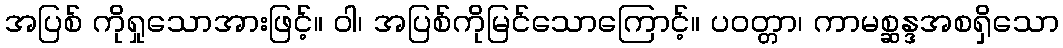
အပြစ် ကိုရှုသောအားဖြင့်။ ဝါ၊ အပြစ်ကိုမြင်သောကြောင့်။ ပဝတ္တာ၊ ကာမစ္ဆန္ဒအစရှိသော